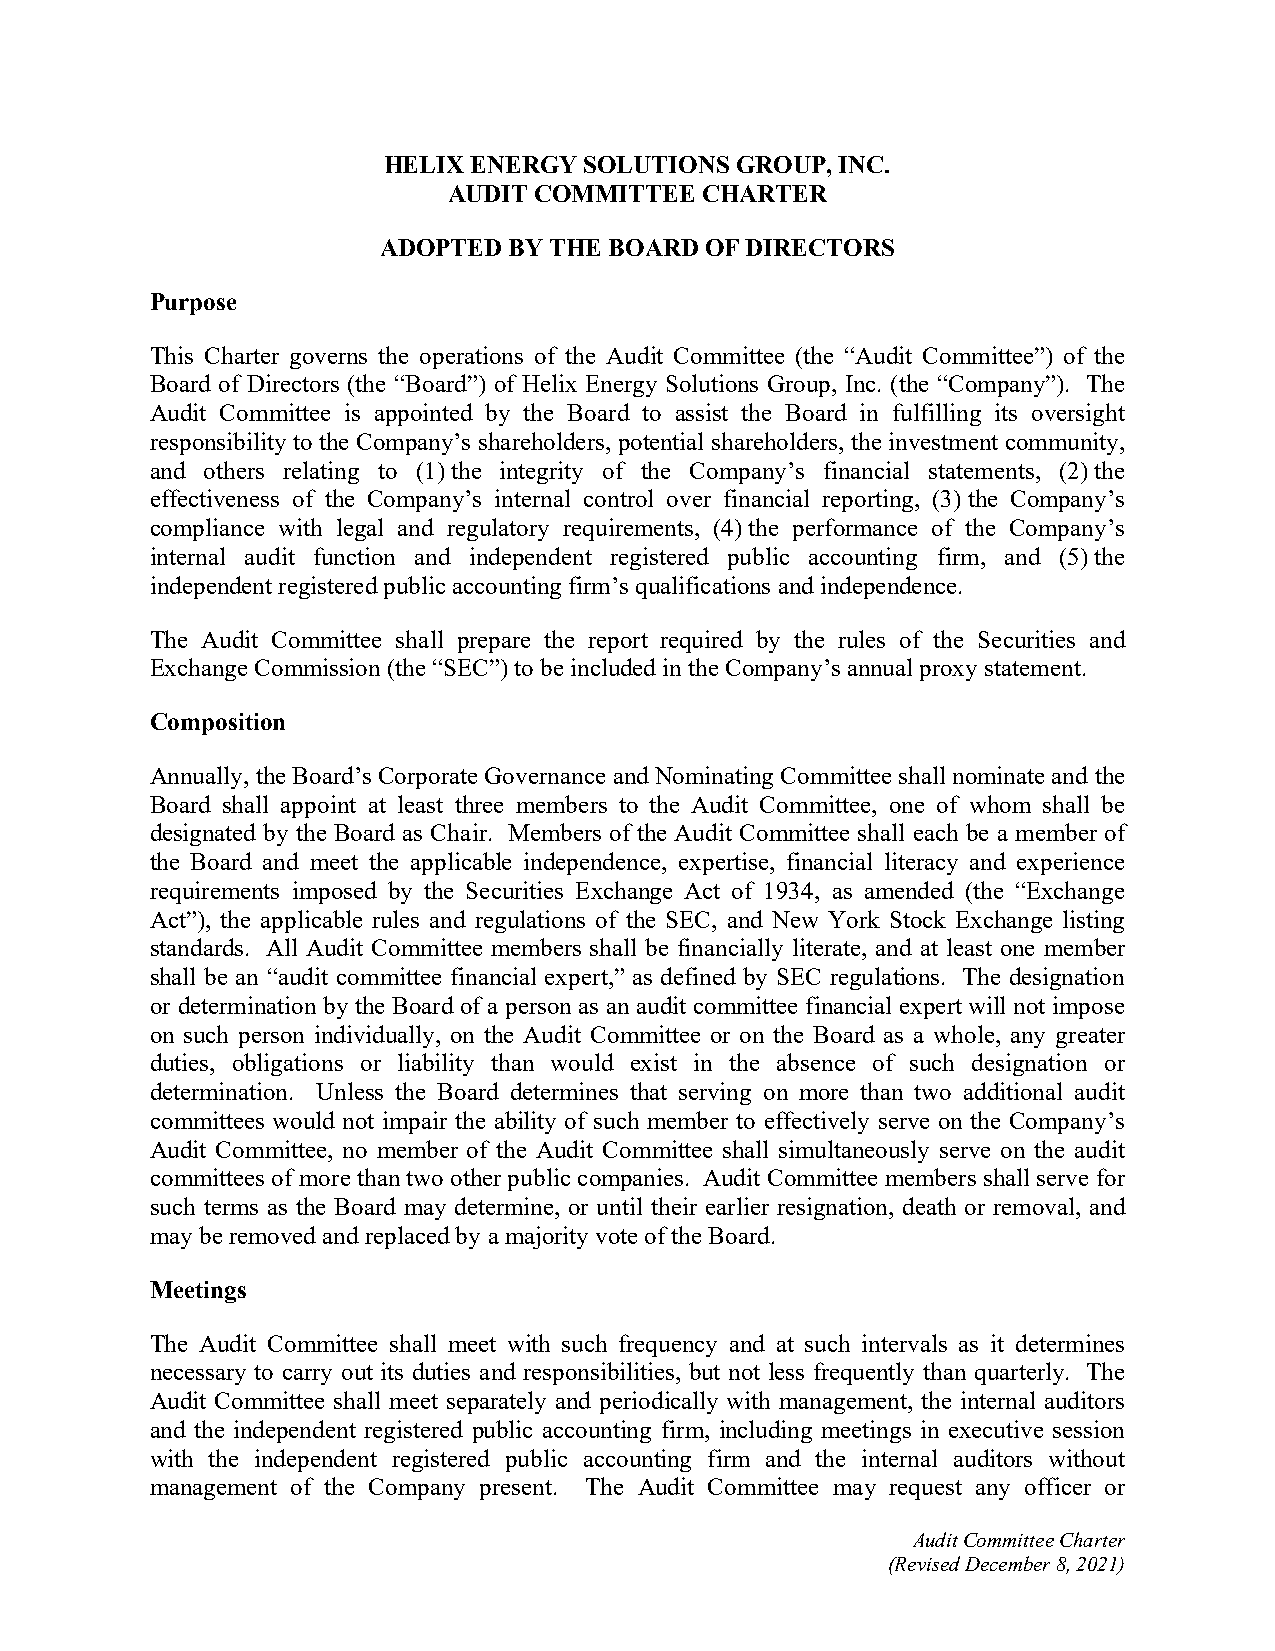
HELIX ENERGY  SOLUTIONS GROUP, INC.
 AUDIT COMMITTEE CHARTER
 ADOPTED  BY THE BOARD OF DIRECTORS
 Purpose
 This Charter governs the operations of the Audit Committee (the “Audit Committee”) of the
 Board of Directors (the “Board”) of Helix Energy Solutions Group, Inc. (the “Company”). The
 Audit Committee is appointed by the Board to assist the Board in fulfilling its oversight
 responsibility to the Company’s shareholders, potential shareholders, the investment community,
 and others relating to (1) the integrity of the Company’s financial statements, (2) the
 effectiveness of the Company’s internal control over financial reporting, (3) the Company’s
 compliance with legal and regulatory requirements, (4) the performance of the Company’s
 internal audit function and independent registered public accounting firm, and (5) the
 independent registered public accounting firm’s qualifications and independence.
 The Audit Committee shall prepare the report required by the rules of the Securities and
 Exchange Commission (the “SEC”) to be included in the Company’s annual proxy statement.
 Composition
 Annually, the Board’s Corporate Governance and Nominating Committee shall nominate and the
 Board shall appoint at least three members to the Audit Committee, one of whom shall be
 designated by the Board as Chair. Members of the Audit Committee shall each be a member of
 the Board and meet the applicable independence, expertise, financial literacy and experience
 requirements imposed by the Securities Exchange Act of 1934, as amended (the “Exchange
 Act”), the applicable rules and regulations of the SEC, and New York Stock Exchange listing
 standards. All Audit Committee members shall be financially literate, and at least one member
 shall be an “audit committee financial expert,” as defined by SEC regulations. The designation
 or determination by the Board of a person as an audit committee financial expert will not impose
 on such person individually, on the Audit Committee or on the Board as a whole, any greater
 duties, obligations or liability than would exist in the absence of such designation or
 determination. Unless the Board determines that serving on more than two additional audit
 committees would not impair the ability of such member to effectively serve on the Company’s
 Audit Committee, no member of the Audit Committee shall simultaneously serve on the audit
 committees of more than two other public companies. Audit Committee members shall serve for
 such terms as the Board may determine, or until their earlier resignation, death or removal, and
 may be removed and replaced by a majority vote of the Board.
 Meetings
 The Audit Committee shall meet with such frequency and at such intervals as it determines
 necessary to carry out its duties and responsibilities, but not less frequently than quarterly. The
 Audit Committee shall meet separately and periodically with management, the internal auditors
 and the independent registered public accounting firm, including meetings in executive session
 with the independent registered public accounting firm and the internal auditors without
 management of the Company present. The Audit Committee may request any officer or
 Audit Committee Charter
 (Revised December 8, 2021)